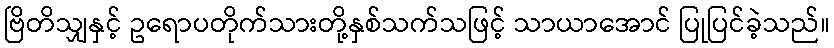
ဗြိတိသျှနှင့် ဥရောပတိုက်သားတို့နှစ်သက်သဖြင့် သာယာအောင် ပြုပြင်ခဲ့သည်။